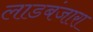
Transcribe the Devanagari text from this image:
लाडबंजारा